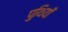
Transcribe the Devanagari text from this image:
पुथियाँ